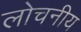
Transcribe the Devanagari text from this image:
लोचनीय